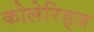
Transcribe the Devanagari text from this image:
कोलेरिड्ज